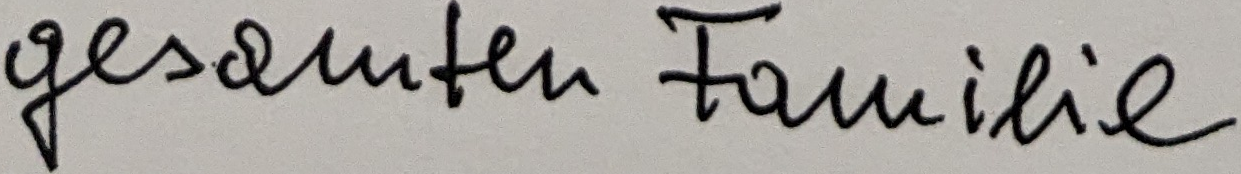
gesamten Familie